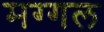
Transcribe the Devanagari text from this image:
मग्गल